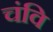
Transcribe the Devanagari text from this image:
चंवि